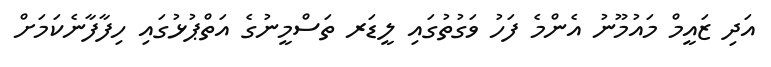
އަދި ޒައީމް މައުމޫނު އެންމެ ފަހު ވަގުތުގައި ލީޑަރ ތަސްމީނުގެ އަތްޕުޅުގައި ހިފާފާނެކަމަށް